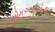
એમઆઇએસીસી